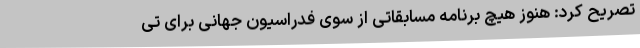
تصریح کرد: هنوز هیچ برنامه مسابقاتی از سوی فدراسیون جهانی برای تی